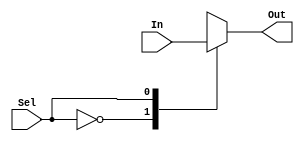
`timescale 1ns / 1ps
//////////////////////////////////////////////////////////////////////////////////
// Company: 		SJSU, CMPE 240
// 
// Design Name: 
// Module Name:    GenericMux 
// Project Name: 
// Target Devices: Simulation only 
// Tool versions: 
// Description: 	 A generic (2^N):1 Mux where N is the number of select lines
//
// Dependencies: 	 None
//
// Revision: 
// Revision 0.01 - File Created
// Additional Comments: 
//
//////////////////////////////////////////////////////////////////////////////////
module GenericMux
#( 
	parameter SEL_WIDTH = 1,		// By default 2:1 Mux
	parameter DATA_WIDTH = 8		// By default data width of each input is 1bit
)
(

	Out,
	In,
	Sel
	
);

	output [ DATA_WIDTH-1:0 ]								Out;		// Mux output
	input	 [ SEL_WIDTH-1:0 ]								Sel;		// Select lines
	input	 [ ((2**SEL_WIDTH)*DATA_WIDTH)-1:0 ]		In;		// Mux input
	
	
	wire	 [ DATA_WIDTH-1:0 ] connect_bus [ (2**SEL_WIDTH)-1:0 ];
	
	genvar gen;
	generate for( gen = 0; gen < (2**SEL_WIDTH); gen = gen + 1 )
	begin:	generate_block_mux
	
		assign connect_bus[(2**SEL_WIDTH)-1-gen]	=	In[ ( ( DATA_WIDTH*gen )+DATA_WIDTH-1 ):(DATA_WIDTH*gen)];
		
	end
	endgenerate
	
	assign Out = connect_bus[Sel];

endmodule